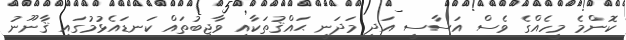
ކޮންމެ މީހެއްގެ ވެސް އަސާސީ އަދި މަދަނީ ޙައްޤުތަކާއި ވާޖިބުތައް ކަނޑައެޅުމުގައި ޤާނޫނު